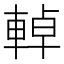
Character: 𨌬